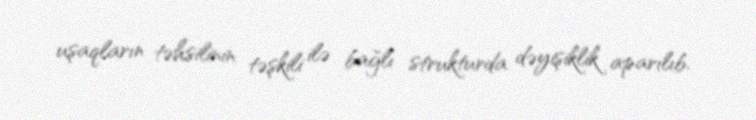
uşaqların təhsilinin təşkili ilə bağlı strukturda dəyişiklik aparılıb.